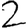
Digit: 2